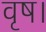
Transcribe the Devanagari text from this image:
वृष।